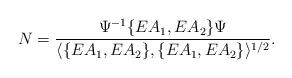
LaTeX: \begin{align*}N=\frac{\Psi^{-1}\lbrace EA_1,EA_2\rbrace\Psi}{\langle\lbrace EA_1,EA_2\rbrace,\lbrace EA_1,EA_2\rbrace\rangle^{1/2}}.\end{align*}